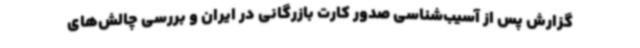
گزارش پس از آسیب‌شناسی صدور کارت بازرگانی در ایران و بررسی چالش‌های